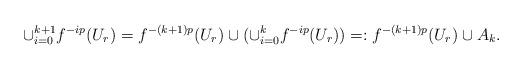
LaTeX: \begin{align*}\cup_{i=0}^{k+1} f^{-ip}(U_r) = f^{-(k+1)p}(U_r) \cup ( \cup_{i=0}^k f^{-ip}(U_r)) =: f^{-(k+1)p}(U_r) \cup A_k .\end{align*}